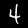
Label: 4